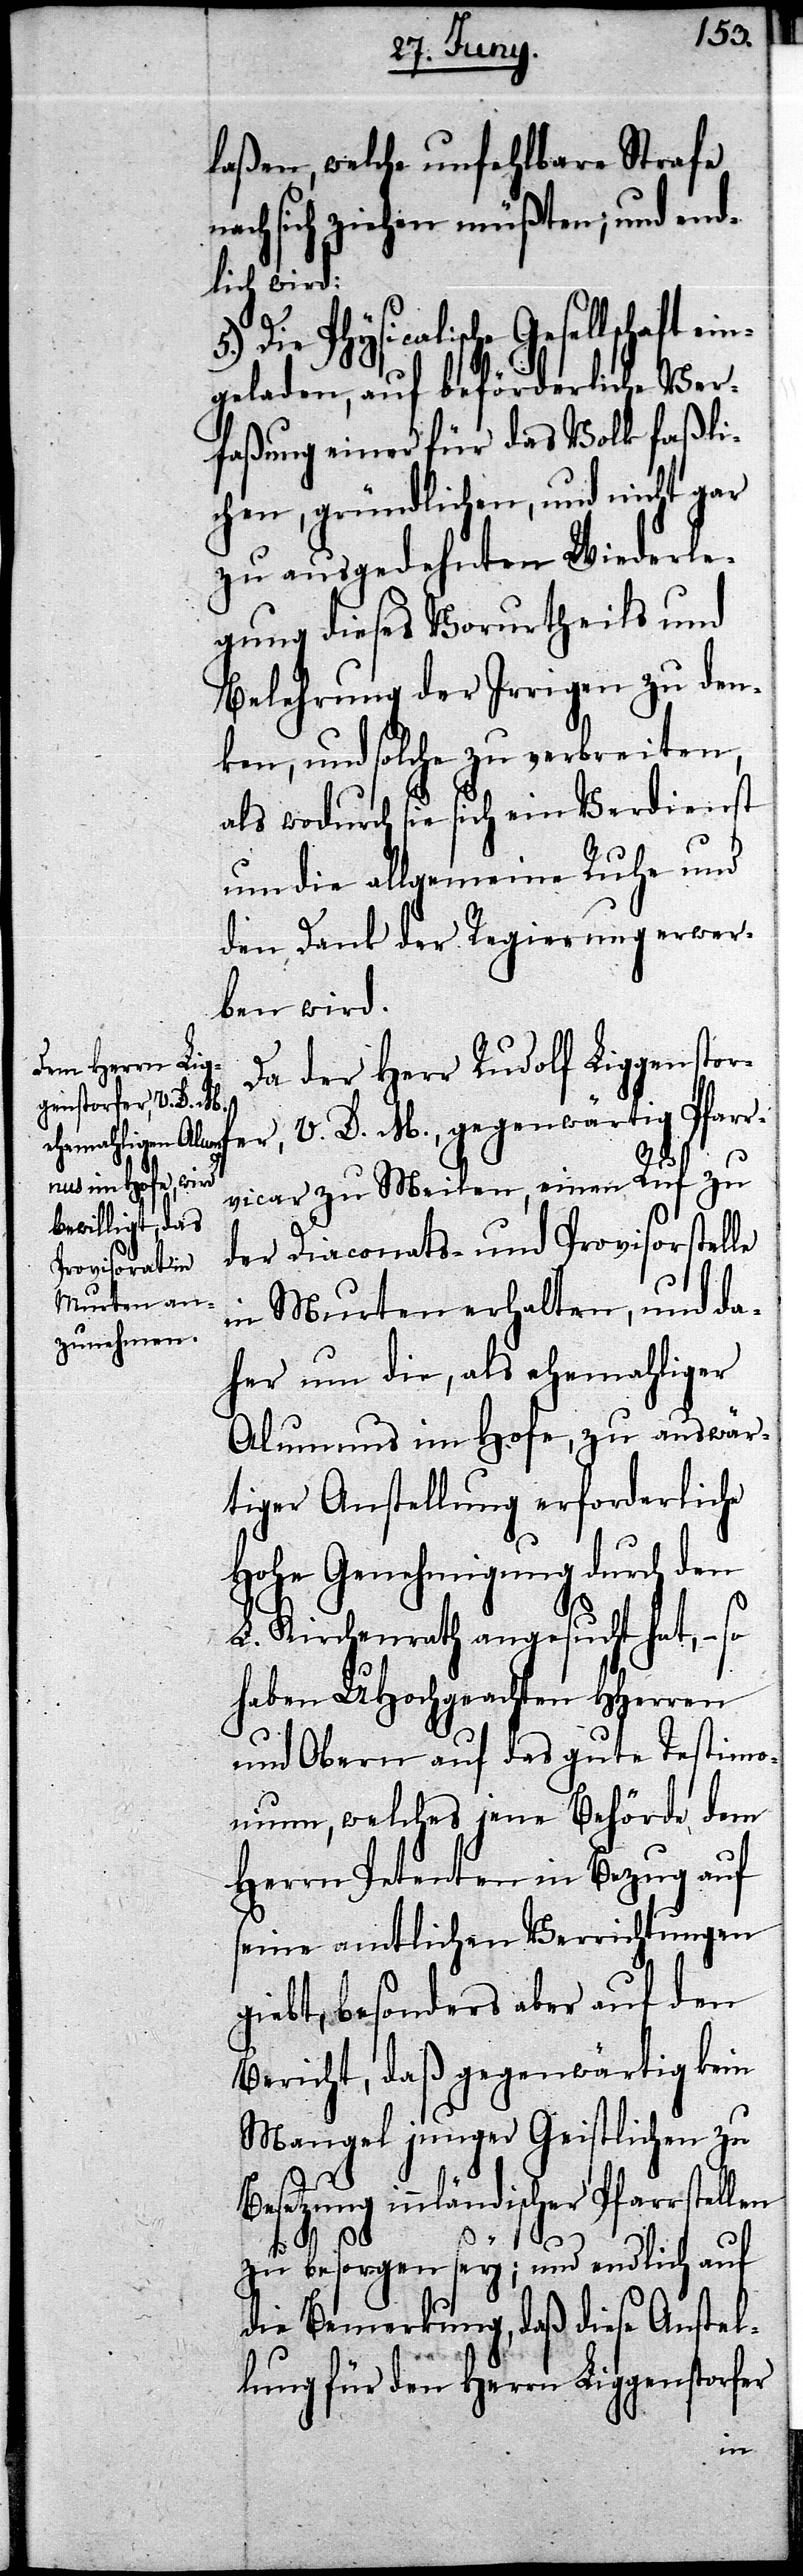
laßen, welche unfehlbare Strafe
nach sich ziehen müßten; und end¬
lich wird:
5.) Die Physicalische Gesellschaft
geladen, auf beförderliche Ver¬
faßung einer für das Volk faßli¬
chen, gründlichen, und nicht gar
zu ausgedehnten Wiederle¬
gung dieses Vorurtheils und
Belehrung der Irrigen zu den¬
ken, und solche zu verbreiten,
als wodurch sie sich ein Verdienst
um die allgemeine Ruhe und
den Dank der Regierung erwer¬
ben wird.
Da der Herr Rudolf Liggenstorf¬
er, V. D. M., gegenwärtig Pfarr¬
vicar zu Meilen, einem Ruf zu
der Diaconats- und Provisorstelle
in Murten erhalten, und da¬
her um die, als ehemahliger
Alumnus im Hofe, zu auswär¬
tiger Anstellung erforderliche
Hohe Genehmigung durch den
L. Kirchenrath angesucht hat, – so
haben UHochgeachten HHerren
und Obern auf das gute Testimo¬
nium, welches jene Behörde dem
Herrn Petenten in Bezug auf
seine amtliche Verrichtungen
giebt, besonders aber auf den
Bericht, daß gegenwärtig kein
Mangel junger Geistlichen zu
Besetzung innländischer Pfarrstellen
zu besorgen sey; und endlich auf
die Bemerkung, daß diese Anstel¬
lung für den Herrn Liggenstorfer
ein¬